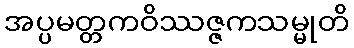
အပ္ပမတ္တကဝိဿဇ္ဇကသမ္မုတိ